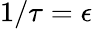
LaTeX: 1/\tau=\epsilon